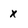
Character: x